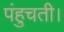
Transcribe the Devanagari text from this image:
पंहुचती।